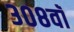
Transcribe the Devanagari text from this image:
३०८वॉ